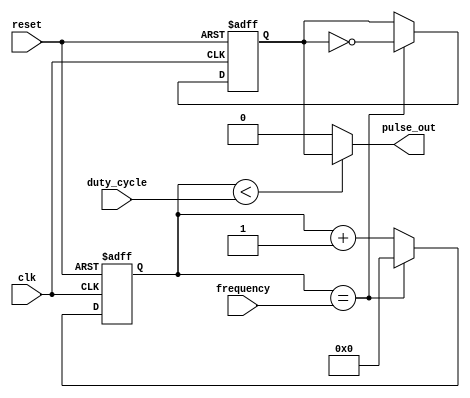
module VariableFrequencyPulseGenerator (
    input wire clk,
    input wire reset,
    input wire [7:0] frequency,
    input wire [7:0] duty_cycle,
    output wire pulse_out
);

reg [7:0] counter;
reg pulse_out_reg;

always @(posedge clk or posedge reset) begin
    if (reset) begin
        counter <= 8'h00;
        pulse_out_reg <= 1'b0;
    end else begin
        if (counter == frequency) begin
            counter <= 8'h00;
            pulse_out_reg <= ~pulse_out_reg;
        end else begin
            counter <= counter + 1;
        end
    end
end

assign pulse_out = (counter < duty_cycle) ? pulse_out_reg : 1'b0;

endmodule